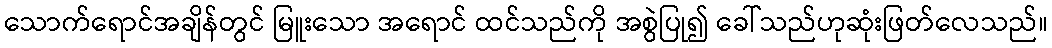
သောက်ရောင်အချိန်တွင် မြူးသော အရောင် ထင်သည်ကို အစွဲပြု၍ ခေါ်သည်ဟုဆုံးဖြတ်လေသည်။